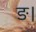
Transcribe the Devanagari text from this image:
ङ।